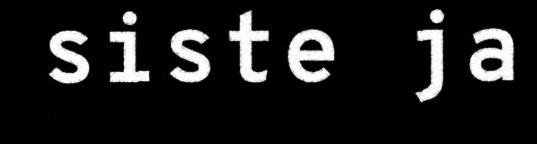
siste ja